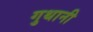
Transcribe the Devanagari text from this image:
गुथानी